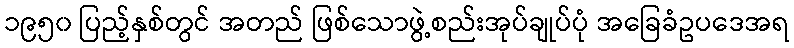
၁၉၅၀ ပြည့်နှစ်တွင် အတည် ဖြစ်သောဖွဲ့စည်းအုပ်ချုပ်ပုံ အခြေခံဥပဒေအရ